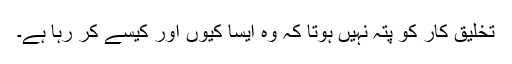
تخلیق کار کو پتہ نہیں ہوتا کہ وہ ایسا کیوں اور کیسے کر رہا ہے۔